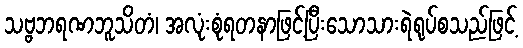
သဗ္ဗဘရဏဘူသိတံ၊ အလုံးစုံရတနာဖြင့်ပြီးသောသားရဲရုပ်စသည်ဖြင့်